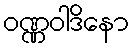
ဝဏ္ဏဝါဒိနော